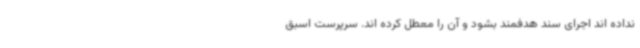
نداده اند اجرای سند هدفمند بشود و آن را معطل کرده اند. سرپرست اسبق